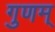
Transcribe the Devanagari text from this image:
गुणम्